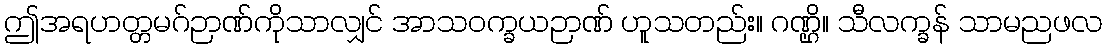
ဤအရဟတ္တမဂ်ဉာဏ်ကိုသာလျှင် အာသဝက္ခယဉာဏ် ဟူသတည်း။ ဂဏ္ဌိ။ သီလက္ခန် သာမညဖလ